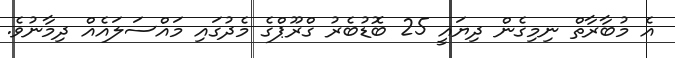
އެ މުބާރާތް ނިމިގެން ދިޔައީ 25 ބޮޑުބެރު ގްރޫޕްގެ މެދުގައި މައްސަލައެއް ދިމާނުވެ.